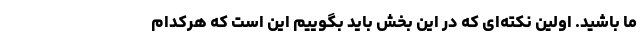
ما باشید. اولین نکته‌ای که در این بخش باید بگوییم این است که هرکدام